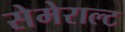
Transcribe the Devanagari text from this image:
सेमेराल्ट